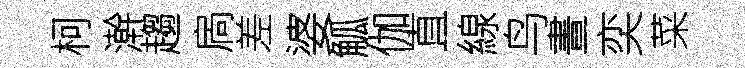
柯澣趨扄差婆觚伽直線鸟晝奕菜